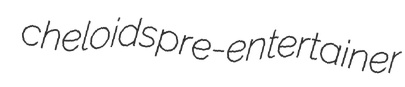
cheloids pre-entertainer